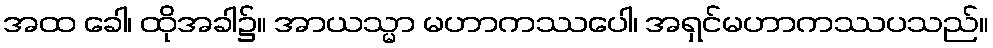
အထ ခေါ၊ ထိုအခါ၌။ အာယသ္မာ မဟာကဿပေါ၊ အရှင်မဟာကဿပသည်။